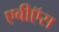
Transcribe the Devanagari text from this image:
एबीऍस